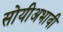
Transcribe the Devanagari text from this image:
सोयीअभावी